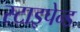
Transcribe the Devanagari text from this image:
स्टाइपेन्ड